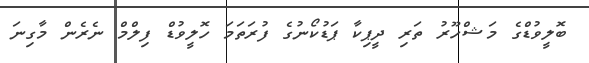
ބޮލީވުޑްގެ މަޝްހޫރު ތަރި ދީޕިކާ ޕަޑުކޯނުގެ ފުރަތަމަ ހޮލީވުޑް ފިލްމް ނެރެން މާގިނަ